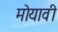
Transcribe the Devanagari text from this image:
मोयावी